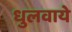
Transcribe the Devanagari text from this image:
धुलवाये